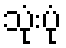
သုံးပုံ